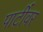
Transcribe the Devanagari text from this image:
पार्टीवर